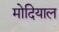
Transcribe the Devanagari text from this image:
मोदियाल